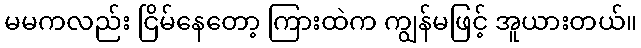
မမကလည်း ငြိမ်နေတော့ ကြားထဲက ကျွန်မဖြင့် အူယားတယ်။